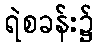
ရဲစခန်း၌